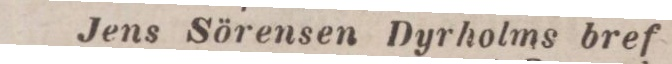
Jens Sörensen Dyrholms bref